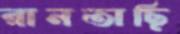
রানতাছি